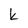
Character: k